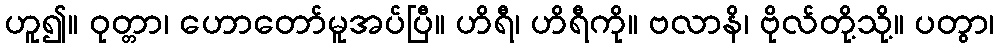
ဟူ၍။ ဝုတ္တာ၊ ဟောတော်မူအပ်ပြီ။ ဟိရီ၊ ဟိရီကို။ ဗလာနိ၊ ဗိုလ်တို့သို့။ ပတွာ၊